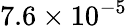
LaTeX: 7.6\times 10^{-5}